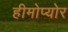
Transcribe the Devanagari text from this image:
हीमोप्योर